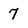
Character: 7